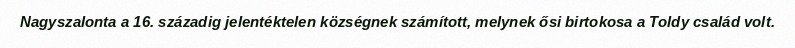
Nagyszalonta a 16. századig jelentéktelen községnek számított, melynek ősi birtokosa a Toldy család volt.